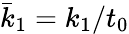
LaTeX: \bar{k}_{1}=k_{1}/t_{0}